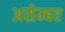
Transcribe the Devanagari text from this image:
असेम्बर